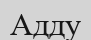
Адду